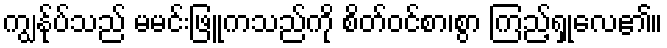
ကျွန်ုပ်သည် မမင်းဖြူကသည်ကို စိတ်ဝင်စာ၊စွာ ကြည့်ရှုလေ၏။